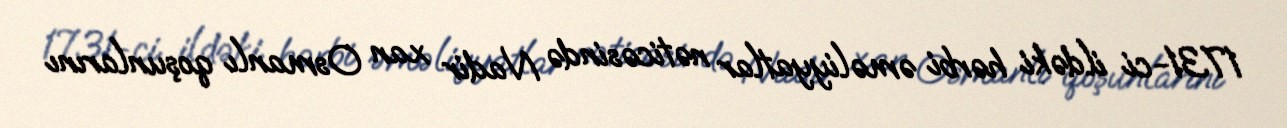
1731-ci ildəki hərbi əməliyyatlar nəticəsində Nadir xan Osmanlı qoşunlarını